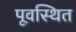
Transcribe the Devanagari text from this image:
पूवस्थित